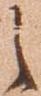
之